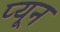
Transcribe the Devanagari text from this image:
प्यून